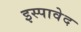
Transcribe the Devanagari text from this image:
इस्पावेद